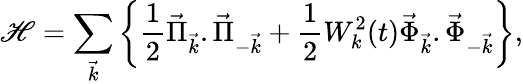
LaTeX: \mathscr{H}=\sum_{\vec{{k}}}\left\{ {\frac{{1}}{{2}}}\vec{{\Pi}}_{\vec{{k}}}.\vec{{\Pi}}_{-\vec{{k}}}+{\frac{{1}}{{2}}}W_{k}^{2}(t)\vec{{\Phi}}_{\vec{{k}}}.\vec{{\Phi}}_{-\vec{{k}}}\right\} ,